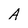
Character: A